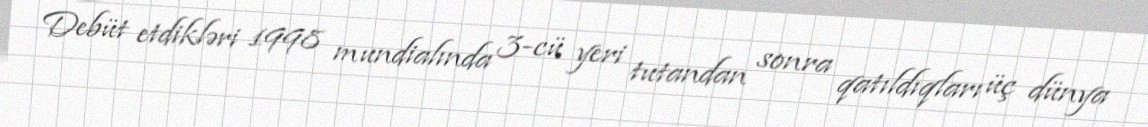
Debüt etdikləri 1998 mundialında 3-cü yeri tutandan sonra qatıldıqları üç dünya